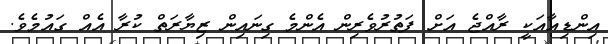
އިންޑިއާއަކީ ރާއްޖެ އަށް ފަތުރުވެރިން އެންމެ ގިނައިން ޒިޔާރަތް ކުރާ އެއް ގައުމެވެ.